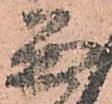
留